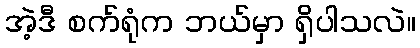
အဲ့ဒီ စက်ရုံက ဘယ်မှာ ရှိပါသလဲ။